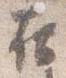
在